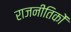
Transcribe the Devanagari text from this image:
राजनीतिकों